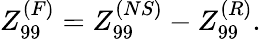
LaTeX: Z_{99}^{(F)}=Z_{99}^{(NS)}-Z_{99}^{(R)}.